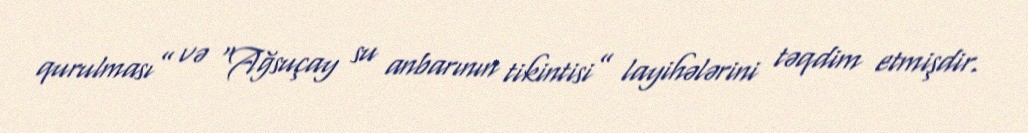
qurulması” və “Ağsuçay su anbarının tikintisi” layihələrini təqdim etmişdir.